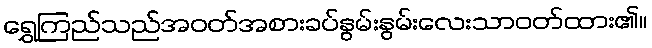
ရွှေကြည်သည်အဝတ်အစားခပ်နွမ်းနွမ်းလေးသာဝတ်ထား၏။